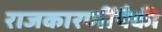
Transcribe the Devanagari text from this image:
राजकारणींपैकी